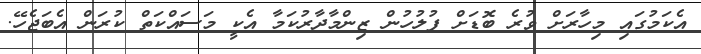
އެކަމުގައި މިހާރަށް ވުރެ ބޮޑަށް ފުލުހުން ޒިންމާދާރުކަމާ އެކީ މަސައްކަތް ކުރަން އެބަޖެހޭ.